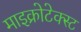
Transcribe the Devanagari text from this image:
माइक्रोटेक्स्ट